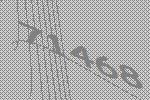
71468